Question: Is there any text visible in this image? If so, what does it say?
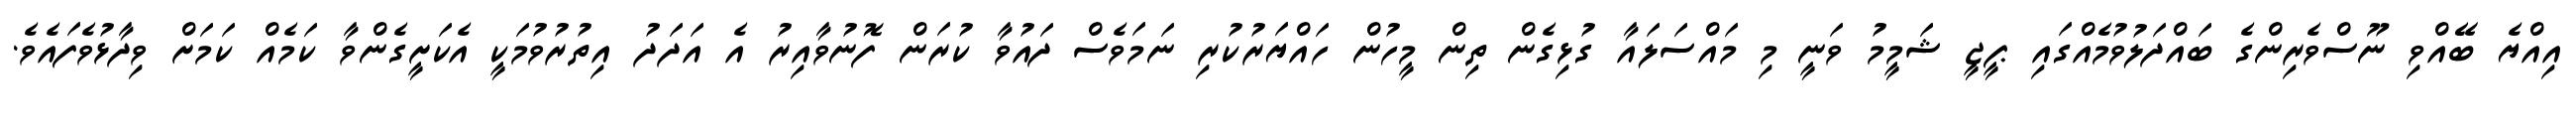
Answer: އިއްޔެ ބޭއްވި ނޫސްވެރިންގެ ބައްދަލުވުމެއްގައި ޕީޖީ ޝަމީމު ވަނީ މި މައްސަލައާ ގުޅިގެން ތިން މީހުން ހައްޔަރުކުރި ނަމަވެސް ދައުވާ ކުރަން ފޮނުވާއިރު އެ އަދަދު އިތުރުވުމަކީ އެކަށީގެންވާ ކަމެއް ކަމަށް ވިދާޅުވެފައެވެ.